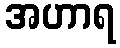
အဟာရ